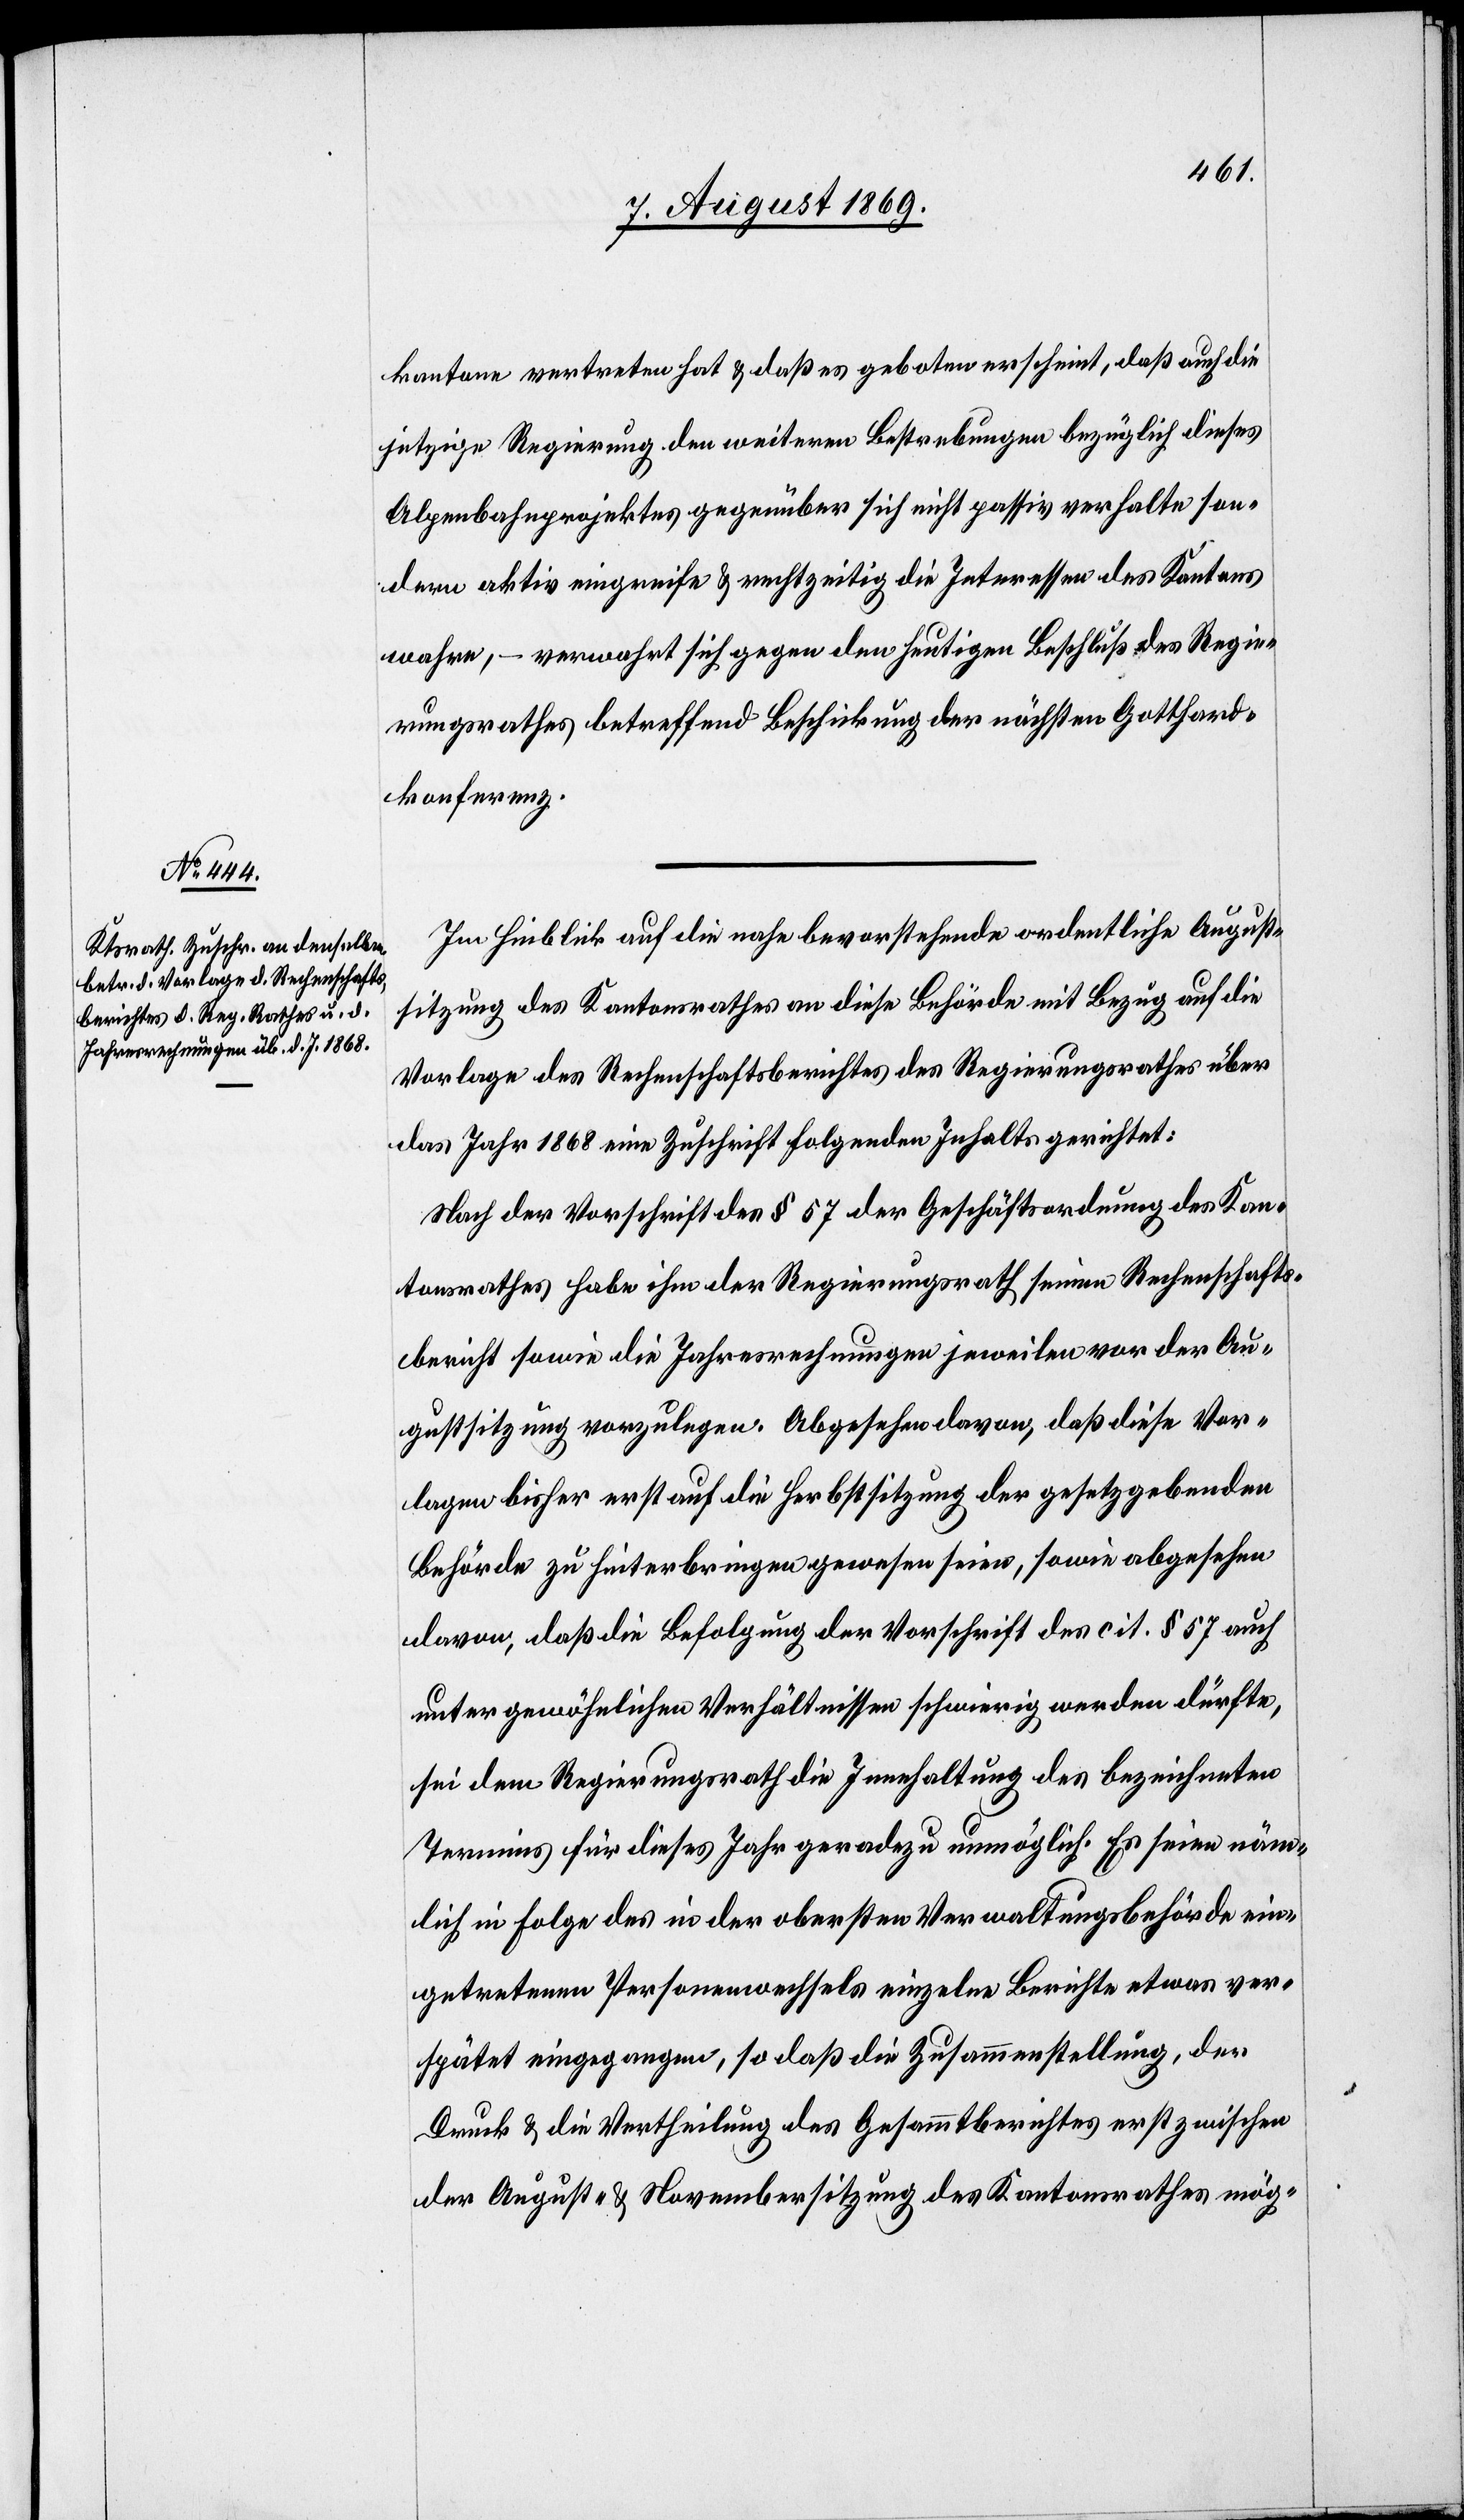
kantone vertreten hat & daß es geboten erscheint, daß auch die
jetzige Regierung den weiteren Bestrebungen bezüglich dieses
Alpenbahnprojektes gegenüber sich nicht passiv verhalte son¬
dern aktiv eingreife & rechtzeitig die Interessen des Kantons
wahre, – verwahrt sich gegen den heutigen Beschluß des Regie¬
rungsrathes betreffend Beschickung der nächsten Gotthard¬
konferenz.
Im Hinblick auf die nahe bevorstehende ordentliche August¬
sitzung des Kantonsrathes an diese Behörde mit Bezug auf die
Vorlage des Rechenschaftsberichtes des Regierungsrathes über
das Jahr 1868 eine Zuschrift folgenden Inhalts gerichtet
Nach der Vorschrift des § 57 der Geschäftsordnung des Kan¬
tonsrathes habe ihm der Regierungsrath seinen Rechenschafts¬
bericht sowie die Jahresrechnungen jeweilen vor der Au¬
gustsitzung vorzulegen. Abgesehen davon, daß diese Vor¬
lagen bisher erst auf die Herbstsitzung der gesetzgebenden
Behörde zu hinterbringen gewesen seien, sowie abgesehen
davon, daß die Befolgung der Vorschrift des cit. § 57 auch
unter gewöhnlichen Verhältnissen schwierig werden dürfte,
sei dem Regierungsrath die Innehaltung des bezeichneten
Termins für dieses Jahr geradezu unmöglich. Es seien näm¬
lich in Folge des in der obersten Verwaltungsbehörde ein¬
getretenen Personenwechsels einzelne Berichte etwas ver¬
spätet eingegangen, so daß die Zusammenstellung, der
Druck & die Vertheilung des Gesammtberichtes erst zwischen
der August- & Novembersitzung des Kantonsrathes mög-